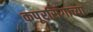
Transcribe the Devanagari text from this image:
कपूरसिंगाच्या